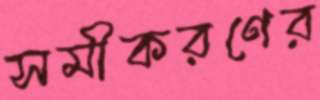
সমীকরণের